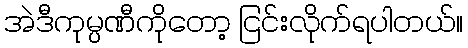
အဲဒီကုမ္ပဏီကိုတော့ ငြင်းလိုက်ရပါတယ်။